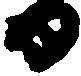
日